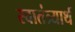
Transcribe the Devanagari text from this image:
स्वातंत्र्यार्थ